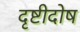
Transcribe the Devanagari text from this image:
दृष्टीदोष